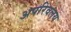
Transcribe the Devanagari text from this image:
अपरिवलय